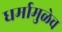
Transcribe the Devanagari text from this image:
धर्मामुळेच